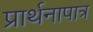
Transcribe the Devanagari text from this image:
प्रार्थनापात्र